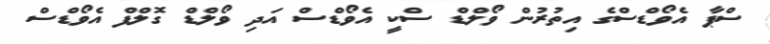
ސްޕާ އެވޯޑްސްގެ އިތުރުން ވޯލްޑް ސްކީ އެވޯޑްސް އަދި ވޯލްޑް ގޮލްފް އެވޯޑްސް